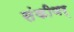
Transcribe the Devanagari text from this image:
संकीणर्